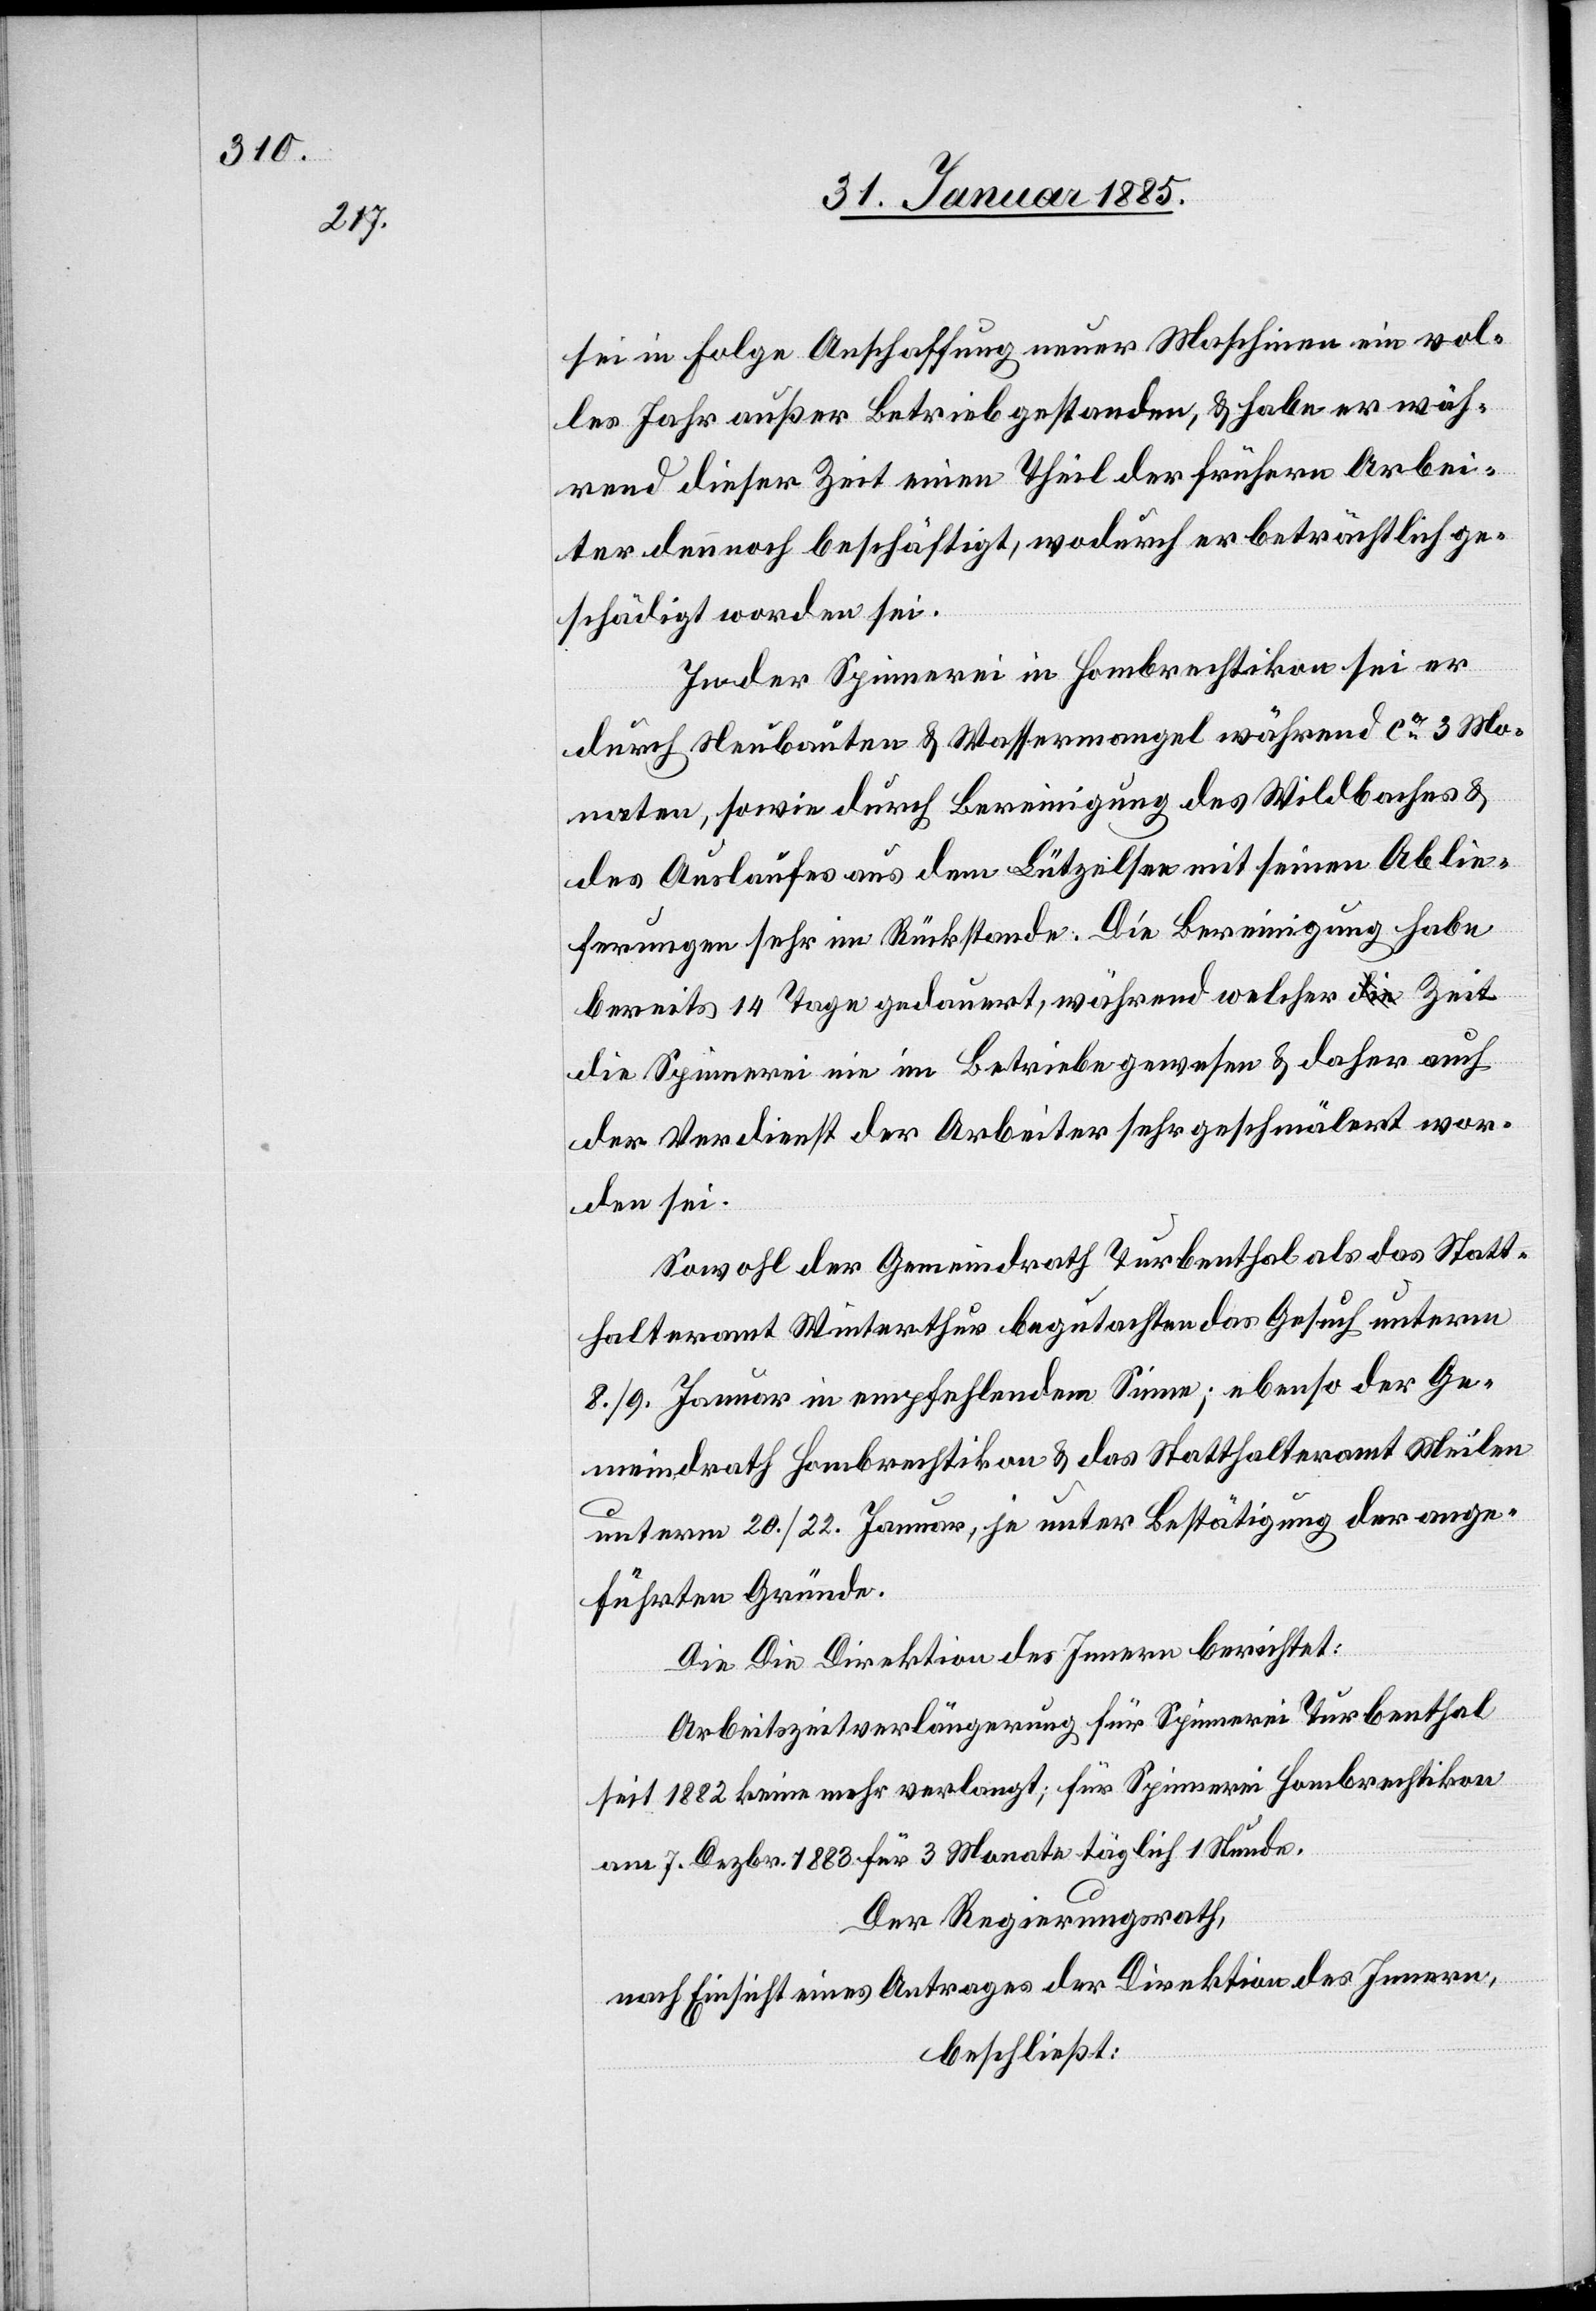
sei in Folge Anschaffung neuer Maschinen ein vol¬
les Jahr außer Betrieb gestanden, & habe er wäh¬
rend dieser Zeit einen Theil der frühern Arbei¬
ter dennoch beschäftigt, wodurch er beträchtlich ge¬
schädigt worden sei.
In der Spinnerei in Hombrechtikon sei er
durch Neubauten & Wassermangel während ca 3 Mo¬
naten, sowie durch Bereinigung des Wildbaches &
des Auslaufes aus dem Lützelsee mit seinen Ablie¬
ferungen sehr im Rückstande. Die Bereinigung habe
bereits 14 Tage gedauert, während welcher Zeit
die Spinnerei nie im Betrieb gewesen & daher auch
der Verdienst der Arbeiter sehr geschmälert wor¬
den sei.
Sowohl der Gemeindrath Turbenthal als da Statt¬
halteramt Winterthur begutachten das Gesuch unterm
8./9. Januar in empfehlendem Sinne; ebenso der Ge¬
meindrath Hombrechtikon & das Statthalteramt Meilen
unterm 20./22. Januar, je unter Bestätigung der ange¬
führten Gründe.
Die [sic!] Direktion des Innern berichtet:
Arbeitszeitverlängerung für Spinnerei Turbenthal
seit 1882 keine mehr verlangt; für Spinnerei Hombrechtikon
am 7. Dezbr. 1883 für 3 Monate täglich 1 Stunde.
Der Regierungsrath,
nach Einsicht eines Antrages der Direktion des Innern,
beschließt: